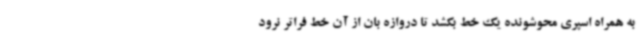
به همراه اسپری محوشونده یک خط بکشد تا دروازه بان از آن خط فراتر نرود